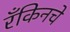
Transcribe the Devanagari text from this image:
रँकिनचे